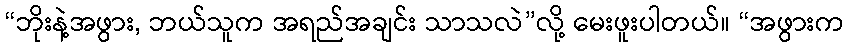
“ဘိုးနဲ့အဖွား, ဘယ်သူက အရည်အချင်း သာသလဲ”လို့ မေးဖူးပါတယ်။ “အဖွားက